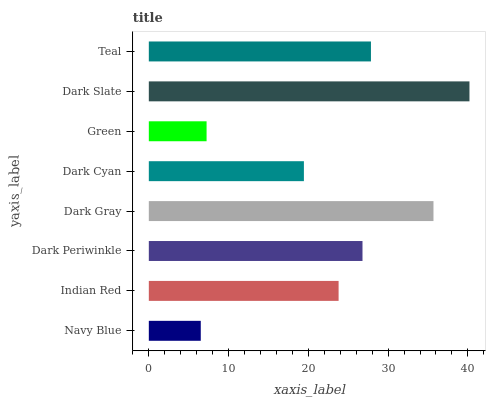
| yaxis_label | bars |
 | --- | --- |
 | Navy Blue | 6.51 |
 | Indian Red | 23.8 |
 | Dark Periwinkle | 26.8 |
 | Dark Gray | 35.7 |
 | Dark Cyan | 19.4 |
 | Green | 7.24 |
 | Dark Slate | 40.2 |
 | Teal | 27.8 |